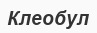
Клеобул